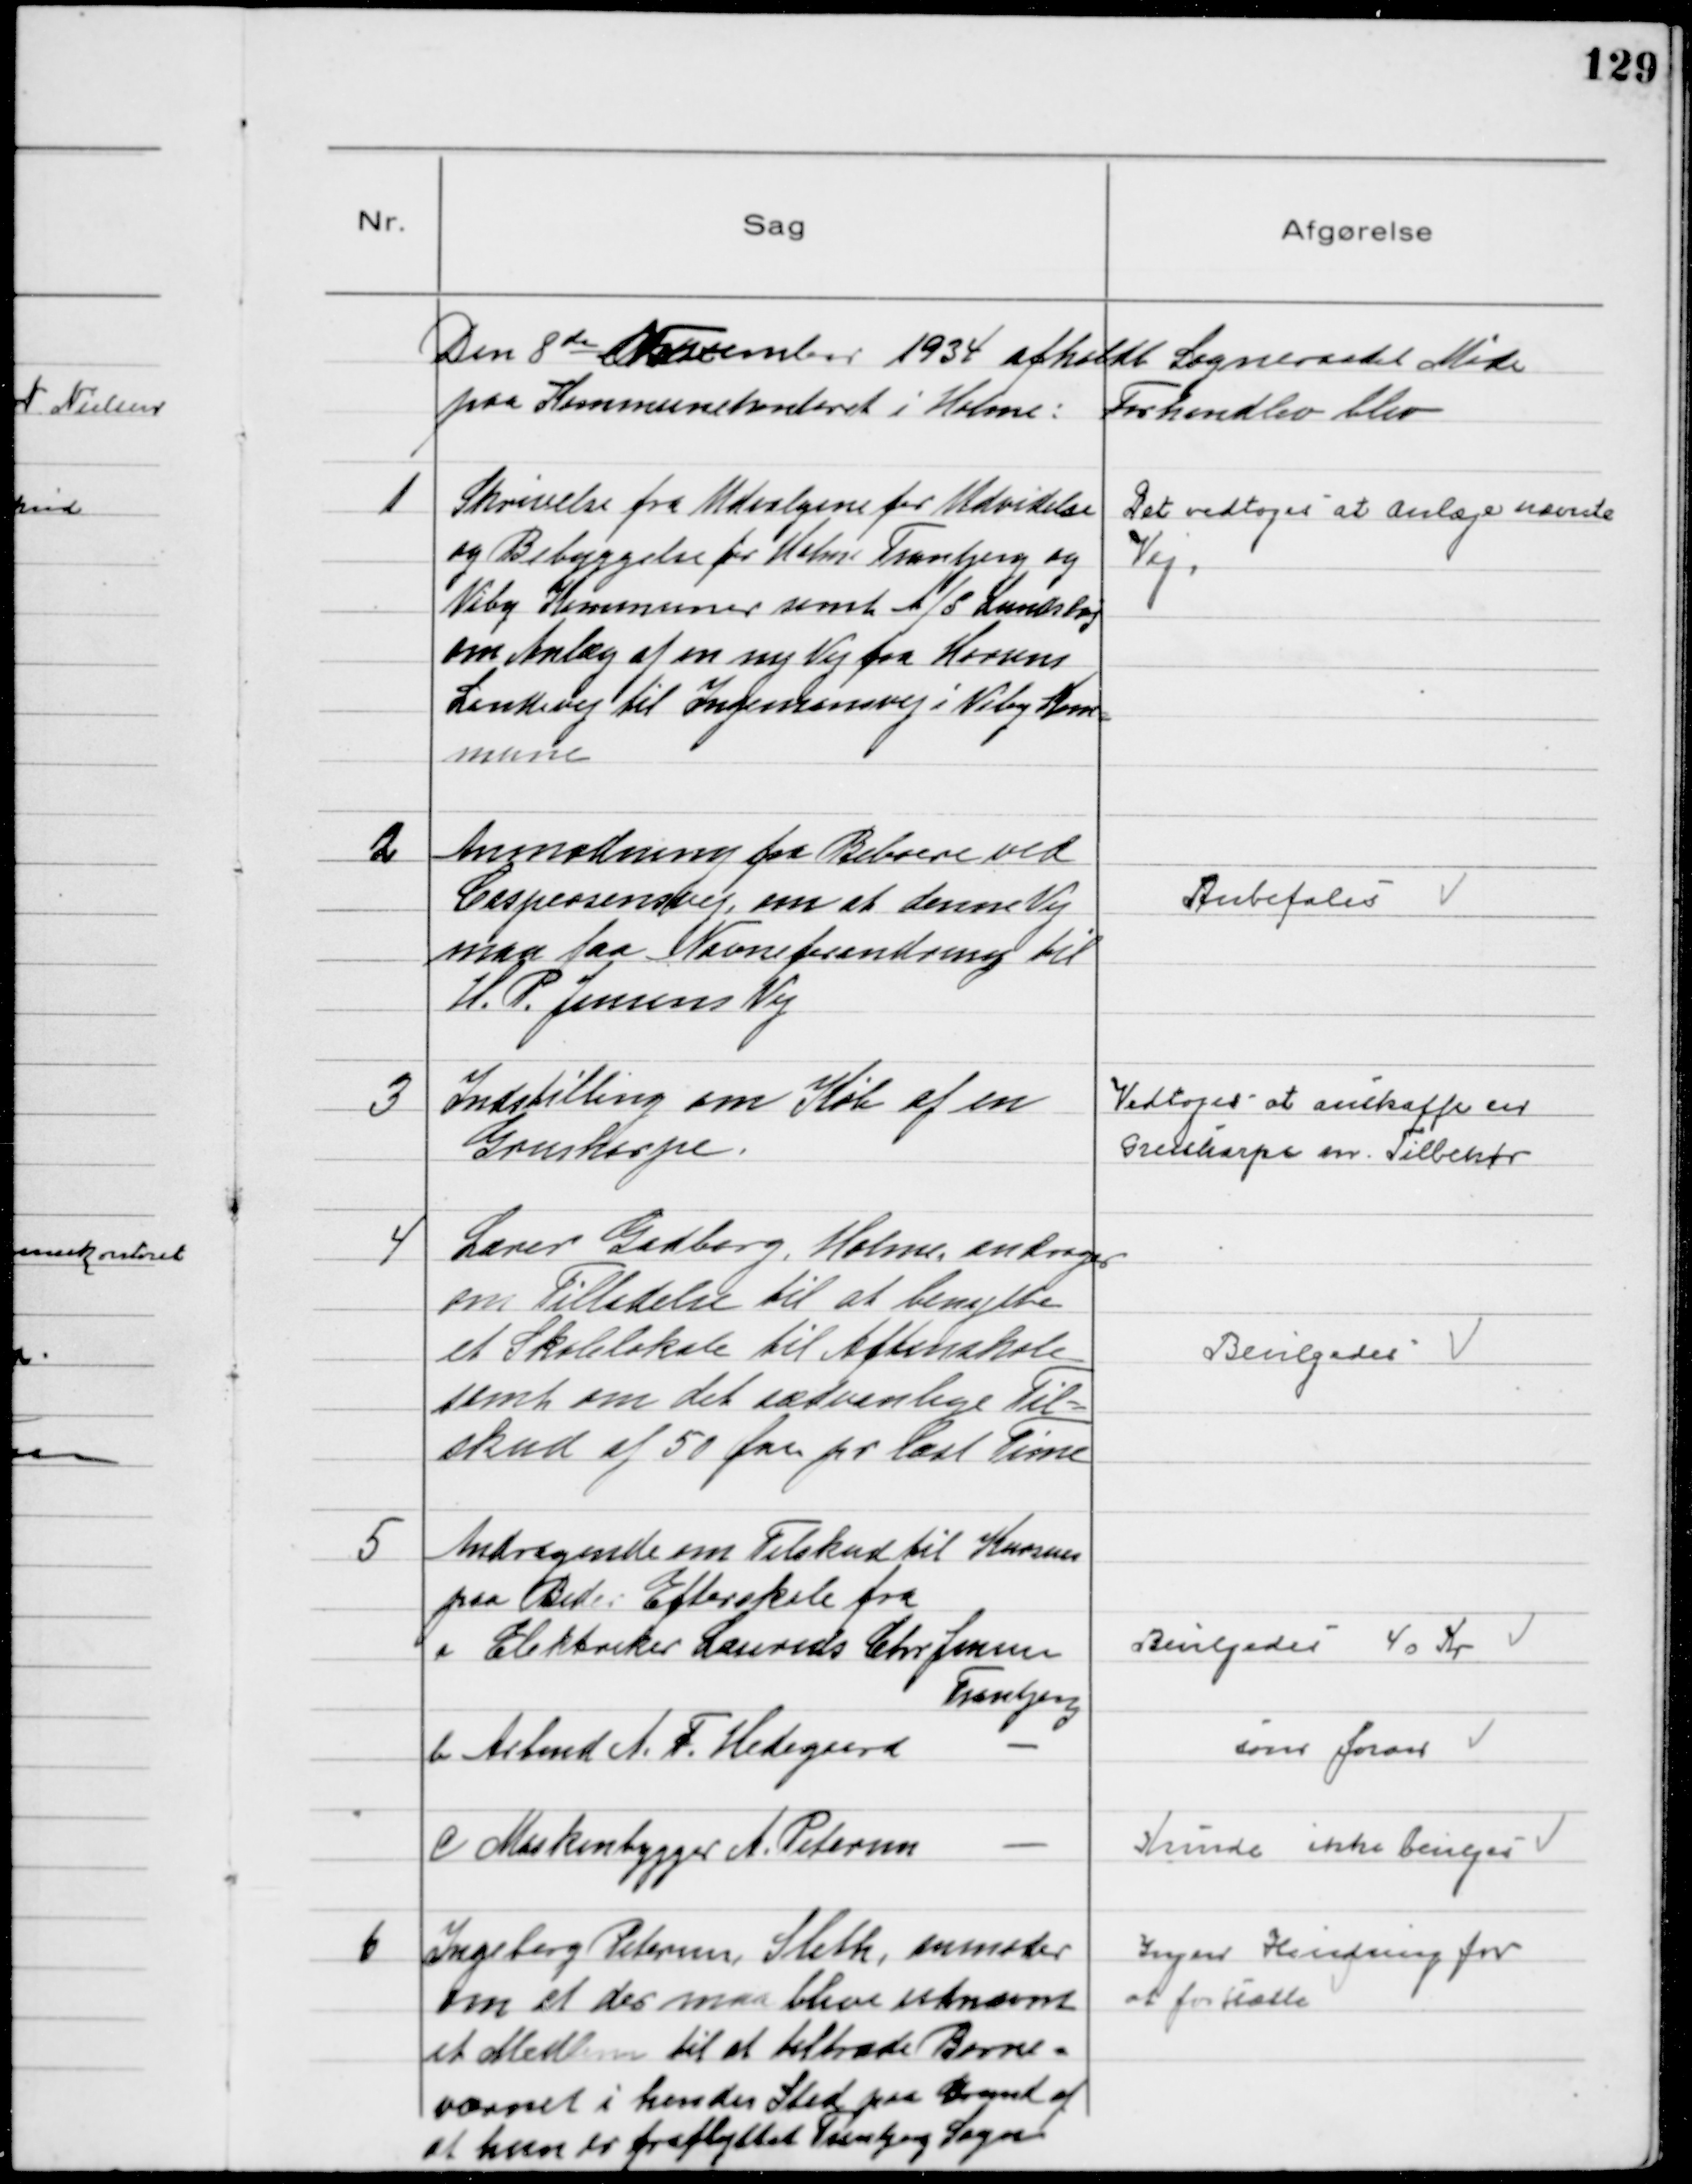
Transskription:
Den 8 de November 1934 afholdt Sogneraadet Møde
paa Kommunekontoret i Holme. Forhandlet blev

1
Skrivelse fra Udvalgene for Udvidelse
og Bebyggelse for Holme Tranbjerg og
Viby Kommuner samt A/S Lundshøj
om Anlæg af en ny Vej fra Horsens
Landevej til Ingemansvej i Viby Kom=
mune

Det vedtoges at anlæge nævnte
Vej.

2
Anmodning fra Beboere ved
Caspersensvej, om at denne Vej
maa faa Navneforandring til
H. P. Jensens Vej

Anbefales

3
Indstilling om Køb af en
Grusharpe.

Vedtoges at anskaffe en
Grusharpe m. Tilbehør

4
Lærer Gadborg, Holme, andrager
om Tilladelse til at benytte
et Skolelokale til Aftenskole
samt om det sædvanlige Til=
skud af 50 Øre pr læst Time

Bevilgedes

5
Andragende om Tilskud til Kursus
paa Beder Efterskole fra
a Elektriker Laurids Chr Jensen
Tranbjerg
Bevilgedes 40 Kr
b Arbmd A. F. Hedegaard   
som foran
c Maskinbygger A. Petersen   -
Kunde ikke bevilges

6
Ingeborg Petersen, Sleth, anmoder
om at der maa blive udnævnt
et Medlem til at tiltræde Børne=
værnet i hendes Sted paa Grund af
at hun er fraflyttet Tranbjerg Sogn

Ingen Hindring for
at fortsætte